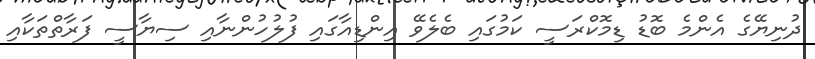
ދުނިޔޭގެ އެންމެ ބޮޑު ޑިމޮކްރަސީ ކަމުގައި ބެލެވޭ އިންޑިއާގައި ފުލުހުންނާއި ސިޔާސީ ފަރާތްތަކާއި